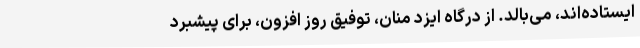
ایستاده‌اند، می‌بالد. از درگاه ایزد منان، توفیق روز افزون، برای پیشبرد